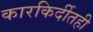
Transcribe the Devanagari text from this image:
कारकिर्दीतही